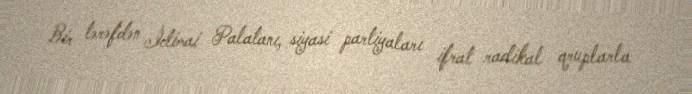
Bir tərəfdən İctimai Palatanı, siyasi partiyaları ifrat radikal qruplarla